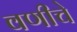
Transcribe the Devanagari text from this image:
वणीचे